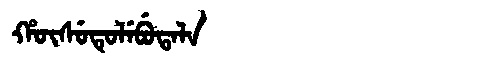
Manchu: ᡥᡡᠰᡠᡨᡠᠯᡝᠪᡠᡨᠠᠯᠠ
Romanization: HŪSUTULEBUTALA